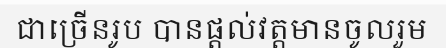
ជាច្រើនរូប បានផ្តល់វត្តមានចូលរួម